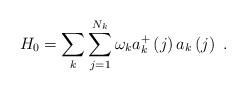
LaTeX: \begin{align*}H_{0}=\sum_{k}\sum_{j=1}^{N_{k}}\omega _{k}a_{k}^{+}\left( j\right) a_{k}\left( j\right) \,\,.\end{align*}